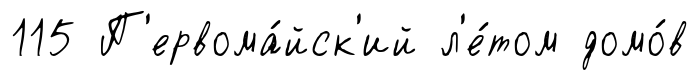
115 П'ервома́йск'ий л'е́том домо́в